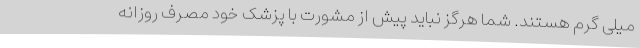
میلی گرم هستند. شما هرگز نباید پیش از مشورت با پزشک خود مصرف روزانه